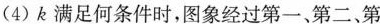
(4)k满足何条件时，图象经过第一、第二、第